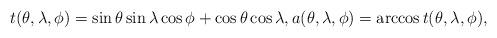
LaTeX: \begin{align*}t(\theta,\lambda,\phi) = \sin \theta \sin \lambda \cos \phi + \cos\theta \cos\lambda,a(\theta,\lambda,\phi) = \arccos t(\theta,\lambda,\phi), \end{align*}